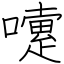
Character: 嚔